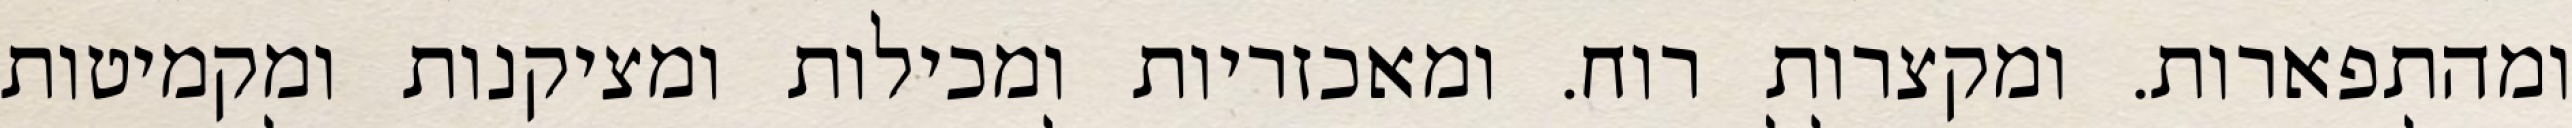
ומהתפארות. ומקצרות רוח. ומאכזריות ומכילות ומציקנות ומקמיטות